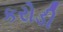
કરોડી